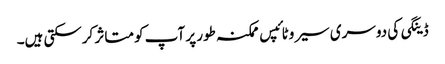
ڈینگی کی دوسری سیروٹائپس ممکنہ طور پر آپ کو متاثر کرسکتی ہیں۔